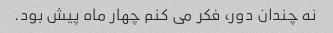
نه چندان دور، فکر می کنم چهار ماه پیش بود.